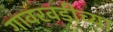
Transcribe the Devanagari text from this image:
गावरवडीच्या